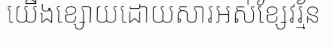
យើងខ្សោយដោយសារអស់ខ្សែវរ្ម័ន